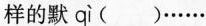
样的默 qì ()……